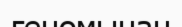
геномынан